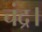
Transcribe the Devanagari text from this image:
चंद्र।